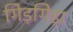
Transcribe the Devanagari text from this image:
गिड़गिड़ा